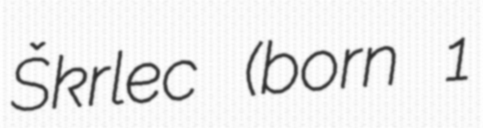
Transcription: Škrlec (born 1